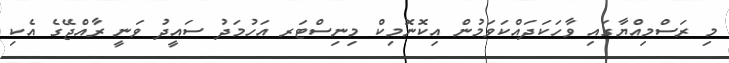
މި ރަސްމިއްޔާގައި ވާހަކަދައްކަވަމުން އިކޮނޮމިކް މިނިސްޓަރ އަހުމަދު ސައީދު ވަނީ ރާއްޖޭގެ އެކި